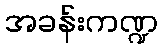
အခန်းကဏ္ဍ